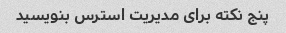
پنج نکته برای مدیریت استرس بنویسید